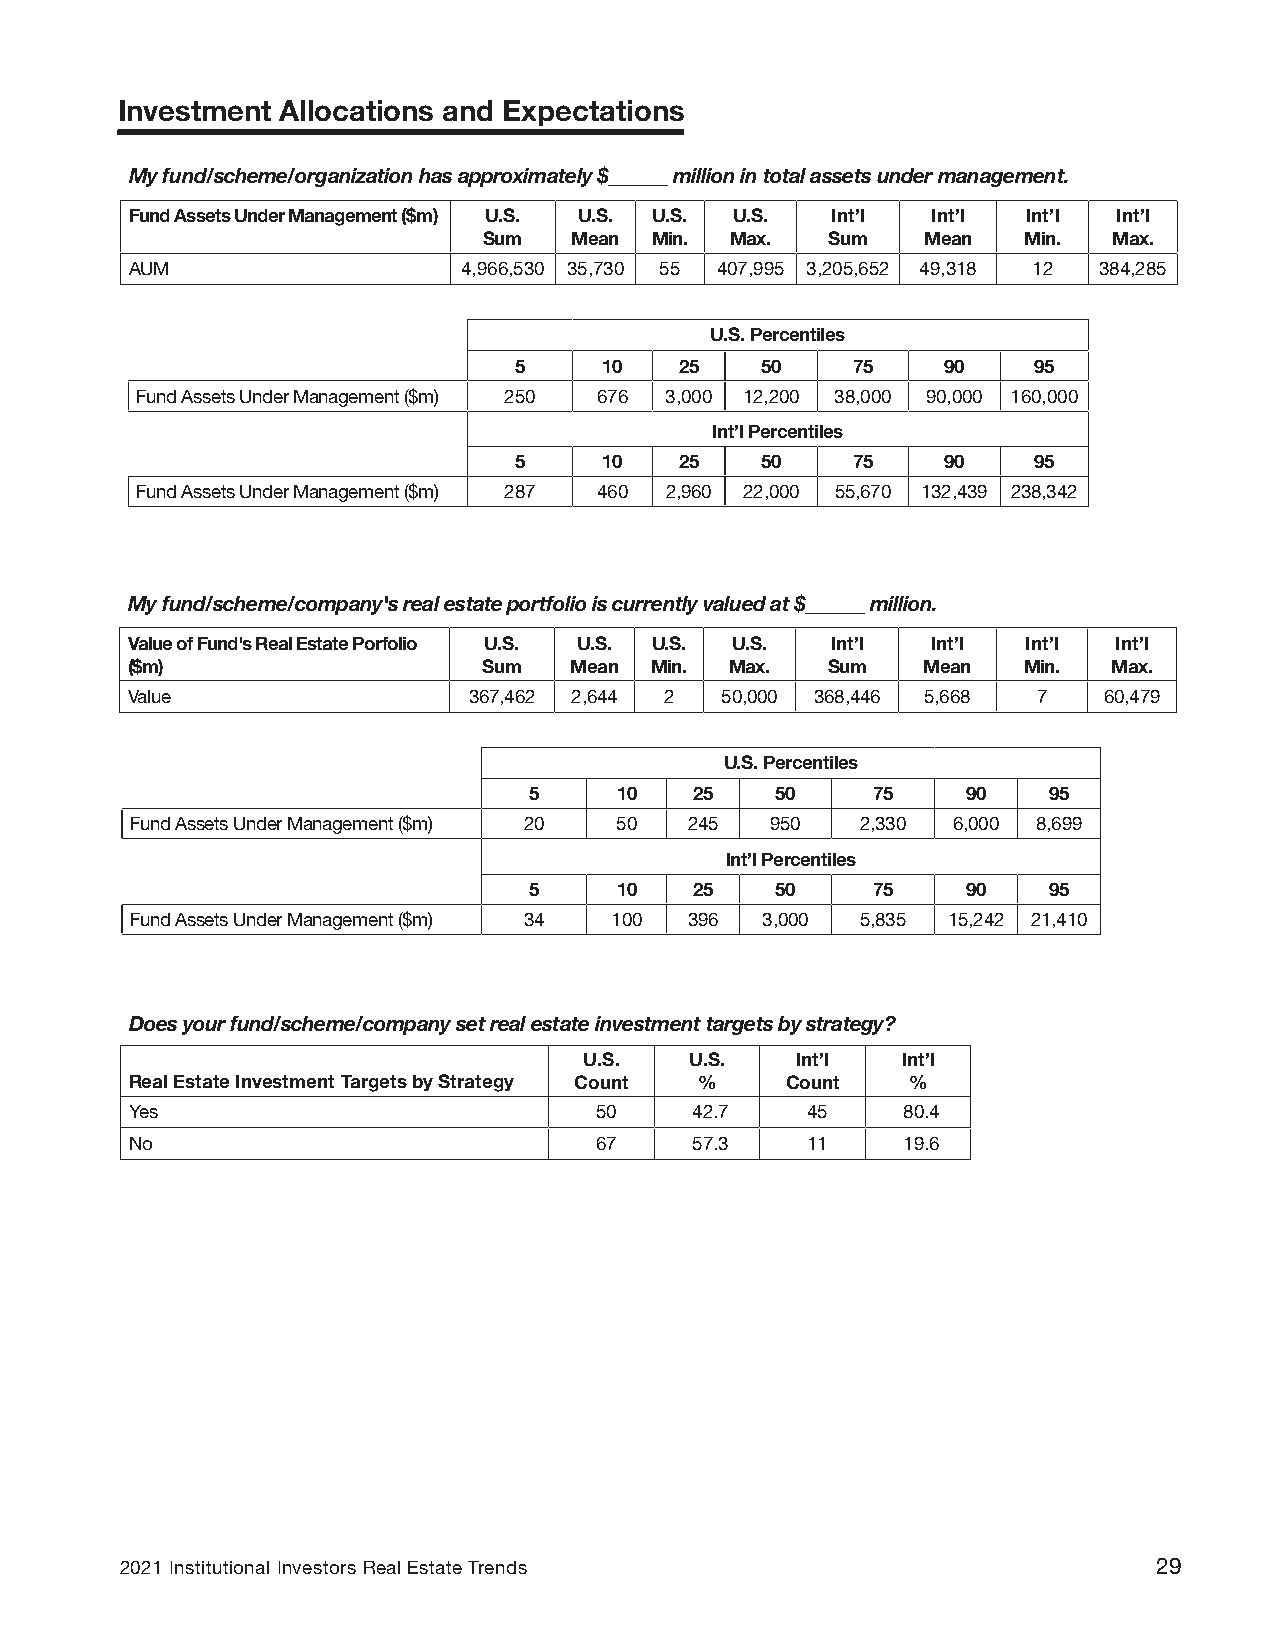
Investment Allocations and Expectations
 My fund/scheme/organization has approximately $______ million in total assets under management.
 Fund Assets Under Management ($m) U.S. U.S. U.S. U.S. Int’l Int’l Int’l Int’l
 Sum   Mean Min. Max.   Sum   Mean   Min.  Max.
 AUM                   4,966,530 35,730 55 407,995 3,205,652 49,318 12 384,285
 U.S. Percentiles
 5     10   25   50    75     90   95
 Fund Assets Under Management ($m) 250 676 3,000 12,200 38,000 90,000 160,000
 Int’l Percentiles
 5     10   25   50    75     90   95
 Fund Assets Under Management ($m) 287 460 2,960 22,000 55,670 132,439 238,342
 My fund/scheme/company's real estate portfolio is currently valued at $______ million.
 Value of Fund's Real Estate Porfolio U.S. U.S. U.S. U.S. Int’l Int’l Int’l Int’l
 ($m)                    Sum   Mean Min. Max.   Sum   Mean   Min.  Max.
 Value                  367,462 2,644 2  50,000 368,446 5,668 7   60,479
 U.S. Percentiles
 5     10   25   50     75    90   95
 Fund Assets Under Management ($m) 20 50 245 950 2,330 6,000 8,699
 Int’l Percentiles
 5     10   25   50     75    90   95
 Fund Assets Under Management ($m) 34 100 396 3,000 5,835 15,242 21,410
 Does your fund/scheme/company set real estate investment targets by strategy?
 U.S.   U.S.   Int’l  Int’l
 Real Estate Investment Targets by Strategy Count % Count %
 Yes                           50     42.7   45     80.4
 No                            67     57.3   11     19.6
 2021 Institutional Investors Real Estate Trends                      29